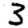
Digit: 3